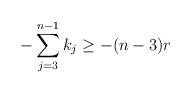
LaTeX: \begin{align*}- \sum\limits_{j =3}^{n-1} k_j \geq -(n-3)r\end{align*}